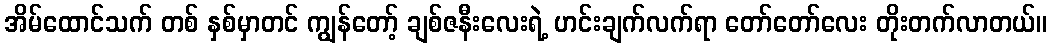
အိမ်ထောင်သက် တစ် နှစ်မှာတင် ကျွန်တော့် ချစ်ဇနီးလေးရဲ့ ဟင်းချက်လက်ရာ တော်တော်လေး တိုးတက်လာတယ်။